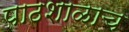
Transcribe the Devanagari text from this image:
पाठशाळाच